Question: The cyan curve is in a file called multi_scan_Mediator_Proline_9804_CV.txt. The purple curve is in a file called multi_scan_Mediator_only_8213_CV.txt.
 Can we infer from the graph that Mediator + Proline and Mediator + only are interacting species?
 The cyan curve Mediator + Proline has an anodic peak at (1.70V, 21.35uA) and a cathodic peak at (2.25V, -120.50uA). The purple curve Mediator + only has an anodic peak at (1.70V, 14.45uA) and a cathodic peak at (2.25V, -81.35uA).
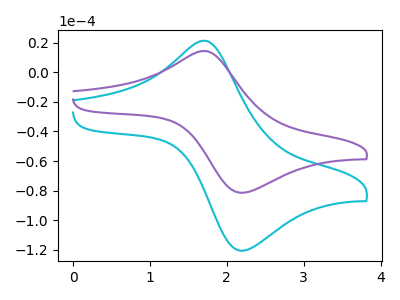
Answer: <think>All the peaks in "Mediator + Proline" have a peak in "Mediator + only" at the same potential. Every peak in "Mediator + Proline" is higher than every peak in "Mediator + only".
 </think>
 <answer>No, "Mediator + Proline" and "Mediator + only" don't appear to be significantly different in shape</answer>
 <eval>no_change</eval>